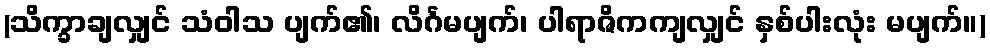
(သိက္ခာချလျှင် သံဝါသ ပျက်၏၊ လိင်္ဂမပျက်၊ ပါရာဇိကကျလျှင် နှစ်ပါးလုံး မပျက်။)